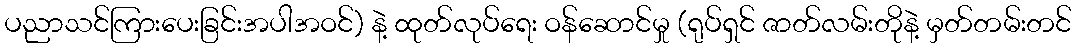
ပညာသင်ကြားပေးခြင်းအပါအဝင်) နဲ့ ထုတ်လုပ်ရေး ဝန်ဆောင်မှု (ရုပ်ရှင် ဇာတ်လမ်းတိုနဲ့ မှတ်တမ်းတင်